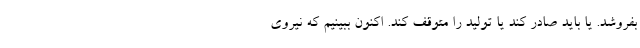
بفروشد. یا باید صادر کند یا تولید را متوقف کند. اکنون ببینیم که نیروی